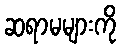
ဆရာမများကို